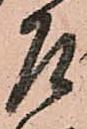
乍